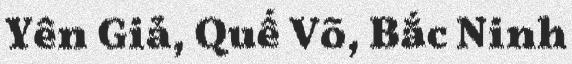
Yên Giả, Quế Võ, Bắc Ninh